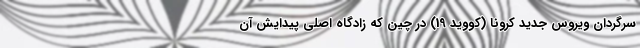
سرگردان ویروس جدید کرونا (کووید 19) در چین که زادگاه اصلی پیدایش آن